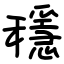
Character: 穩